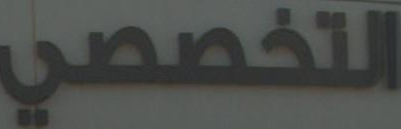
التخصصي